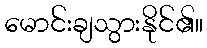
မောင်းချသွားနိုင်၏။